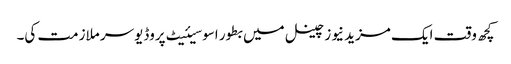
کچھ وقت ایک مزید نیوز چینل میں بطور اسوسیئیٹ پروڈیوسر ملازمت کی۔